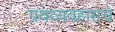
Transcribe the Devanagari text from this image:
ग्रंथव्यवहाराचे